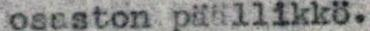
osastonpäällikkö.